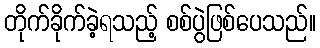
တိုက်ခိုက်ခဲ့ရသည့် စစ်ပွဲဖြစ်ပေသည်။